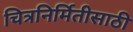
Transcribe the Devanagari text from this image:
चित्रनिर्मितीसाठी